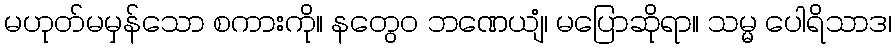
မဟုတ်မမှန်သော စကားကို။ နတွေဝ ဘဏေယျံ၊ မပြောဆိုရာ။ သမ္မ ပေါရိသာဒ၊